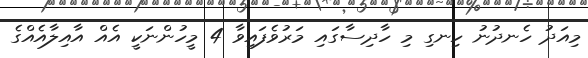
މިއަދު ހެނދުނު ހިނގި މި ހާދިސާގައި މަރުވެފައިވާ 4 މީހުންނަކީ އެއް އާއިލާއެއްގެ